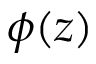
\phi ( z )